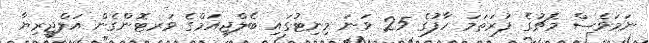
ނަމަވެސް މެޗުގެ ފުރަތަމަ ހާފުގެ 25 ވަނަ މިނިޓުގައި ބެލްޖިއަމްގެ ވަރޓޮންގެން އަލްޖީރިޔާ